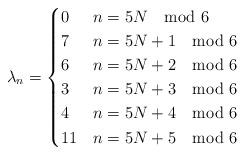
LaTeX: \begin{align*}\lambda_{n}= \begin{cases}0 & n=5N \mod 6\\ 7 & n=5N+1 \mod 6\\6 & n=5N+2 \mod 6\\3 & n=5N+3 \mod 6\\4 & n=5N+4 \mod 6\\11 & n=5N+5 \mod 6\end{cases}\end{align*}